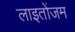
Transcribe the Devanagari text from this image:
लाइतोंजम